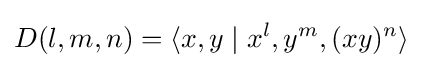
D(l,m,n)=\langle x,y\mid x^{l},y^{m},(xy)^{n}\rangle